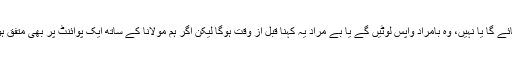
مولانا کا آزادی مارچ کامیابی سے ہمکنار ہوتا ہے یا نہیں، انکے مطالبات کو تسلیم کیا جائے گا یا نہیں، وہ بامراد واپس لوٹیں گے یا بے مراد یہ کہنا قبل از وقت ہوگا لیکن اگر ہم مولانا کے ساتھ ایک پوائنٹ پر بھی متفق ہوتے ہیں تو اسکا مطلب ہے کہ ہم مولانا کی جمہوری جدوجہد میں انکے ساتھ کھڑے ہیں۔